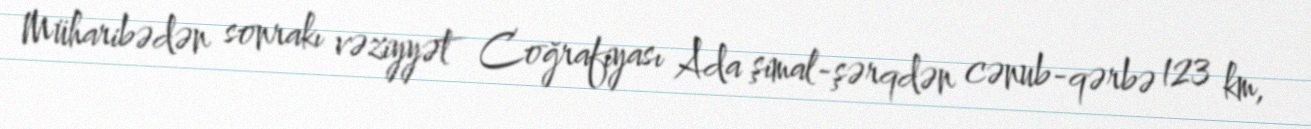
Müharibədən sonrakı vəziyyət Coğrafiyası Ada şimal-şərqdən cənub-qərbə 123 km,